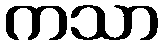
ကသာ